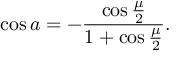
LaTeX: \cos a = - { \frac { \cos { \frac { \mu } { 2 } } } { 1 + \cos { \frac { \mu } { 2 } } } } .